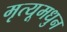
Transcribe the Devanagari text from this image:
मृत्यूमधुन